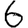
Digit: 6